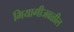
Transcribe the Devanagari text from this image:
मियागीजवळील